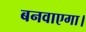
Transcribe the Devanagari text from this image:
बनवाएगा।